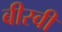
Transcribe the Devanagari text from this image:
बीस्वी